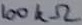
Text: 100kΩ